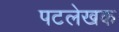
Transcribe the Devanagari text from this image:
पटलेखक